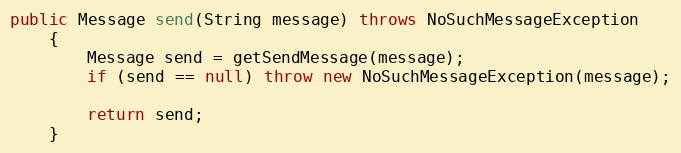
Language: Java
public Message send(String message) throws NoSuchMessageException
    {
        Message send = getSendMessage(message);
        if (send == null) throw new NoSuchMessageException(message);

        return send;
    }